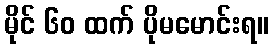
မိုင် ၆၀ ထက် ပိုမမောင်းရ။